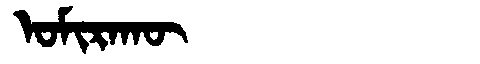
Manchu: ᠣᠮᡳᡵᠠᡴᡡ
Romanization: OMIRAKŪ